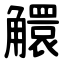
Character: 䚪